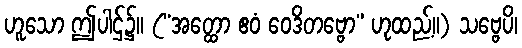
ဟူသော ဤပါဌ်၌။ (“အတ္ထော ဧဝံ ဝေဒိတဗ္ဗော” ဟုထည့်။) သဗ္ဗေပိ၊